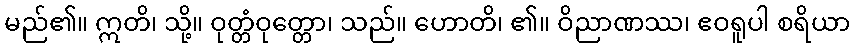
မည်၏။ ဣတိ၊ သို့။ ဝုတ္တံဝုတ္တော၊ သည်။ ဟောတိ၊ ၏။ ဝိညာဏဿ၊ ဧဝရူပါ စရိယာ